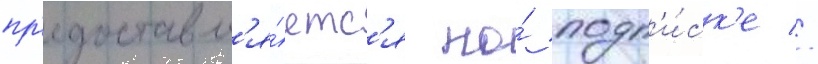
пр'едоставл'я́етс'я по́ подп'и́ск'е //